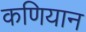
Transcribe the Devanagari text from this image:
कणियान